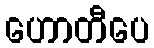
ဟောတီပေ